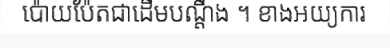
ប៉ោយប៉ែតជាដើមបណ្តឹង ។ ខាងអយ្យការ